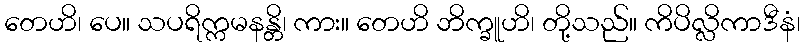
တေဟိ၊ ပေ။ သပရိက္ကမနန္တိ၊ ကား။ တေဟိ ဘိက္ခူဟိ၊ တို့သည်။ ကိပိလ္လိကာဒီနံ၊